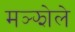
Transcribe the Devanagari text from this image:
मञ्झोले